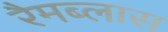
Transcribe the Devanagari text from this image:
रैमब्लास